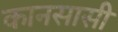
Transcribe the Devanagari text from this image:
कानसासी